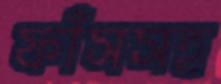
ফাঁসসহ